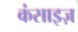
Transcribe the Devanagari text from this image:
कंसाइज़